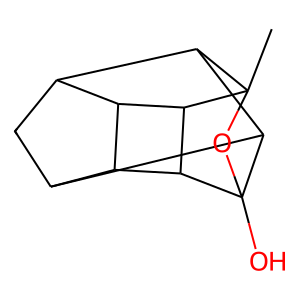
SMILES: CC12OC3(O)C4C5CC(C6C5C3C61)C42
Inhibits HIV replication: No